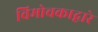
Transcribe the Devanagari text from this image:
विमोचकाद्वारे